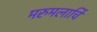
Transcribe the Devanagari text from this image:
मरुमलार्चि